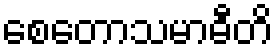
စေတောသမာဓီတိ